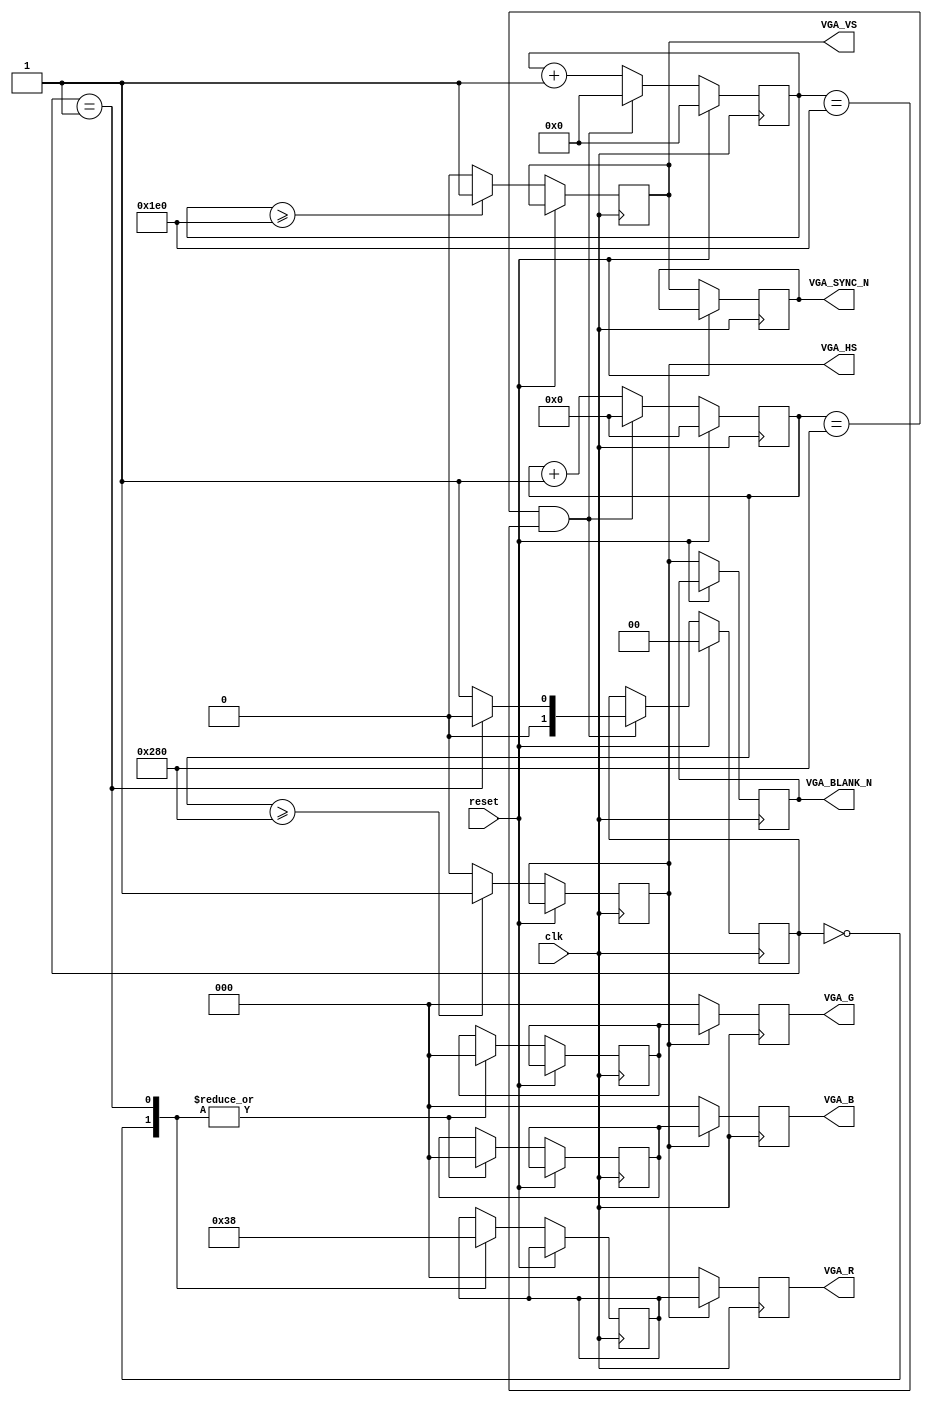
module VGA_Square_Drawer(
    input wire clk,
    input wire reset,
    output reg [2:0] VGA_R,
    output reg [2:0] VGA_G,
    output reg [2:0] VGA_B,
    output reg VGA_HS,
    output reg VGA_VS,
    output reg VGA_BLANK_N,
    output reg VGA_SYNC_N
);
    reg [11:0] counter_x;
    reg [10:0] counter_y;
    reg [1:0] state;

    // Set VGA resolution
    localparam WIDTH = 640;
    localparam HEIGHT = 480;

    // Square position and size
    reg [9:0] square_x;
    reg [8:0] square_y;
    localparam SQUARE_SIZE = 4;

    // Colors for the square
    reg [2:0] square_color_r;
    reg [2:0] square_color_g;
    reg [2:0] square_color_b;

    // Animation speed and direction
    localparam SPEED = 2;
    localparam DIRECTION = 1; // 0 for right, 1 for down, 2 for left, 3 for up

    // VGA signal generation
    always @(posedge clk) begin
        if (reset) begin
            counter_x <= 0;
            counter_y <= 0;
            state <= 2'b00;
        end else begin
            counter_x <= counter_x + 1;
            counter_y <= counter_y + 1;

            // Horizontal sync and blank signals
            VGA_HS <= (counter_x >= WIDTH) ? 1 : 0;
            VGA_BLANK_N <= VGA_HS;

            // Vertical sync and blank signals
            VGA_VS <= (counter_y >= HEIGHT) ? 1 : 0;
            VGA_SYNC_N <= VGA_VS;

            // Square drawing logic
            case (state)
                2'b00: begin  // Draw the square
                    square_x <= counter_x[9:0];
                    square_y <= counter_y[8:0];

                    square_color_r <= 3'b111; // Red
                    square_color_g <= 3'b000; // Green
                    square_color_b <= 3'b000; // Blue
                end
                2'b01: begin  // Erase the square
                    square_color_r <= 3'b000;
                    square_color_g <= 3'b000;
                    square_color_b <= 3'b000;
                end
            endcase

            // State transition
            if (counter_x == WIDTH && counter_y == HEIGHT) begin
                state <= (state == 2'b01) ? 2'b00 : 2'b01;
                counter_x <= 0;
                counter_y <= 0;
            end
        end
    end

    // Assign colors to VGA outputs
    always @(posedge clk) begin
        VGA_R <= VGA_HS ? square_color_r : 3'b000;
        VGA_G <= VGA_HS ? square_color_g : 3'b000;
        VGA_B <= VGA_HS ? square_color_b : 3'b000;
    end
endmodule